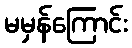
မမှန်ကြောင်း